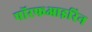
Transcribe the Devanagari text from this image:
पॉरफआइरिन